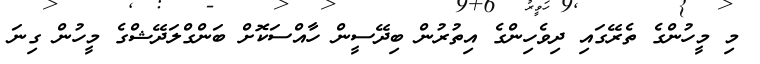
މި މީހުންގެ ތެރޭގައި ދިވެހިންގެ އިތުރުން ބިދޭސީން ހާއްސަކޮށް ބަންގްލަދޭޝްގެ މީހުން ގިނަ